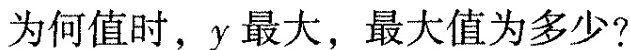
为何值时，y最大，最大值为多少?